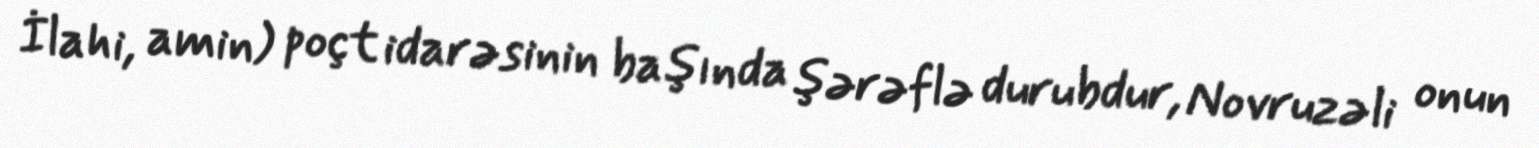
İlahi, amin) poçt idarəsinin başında şərəflə durubdur, Novruzəli onun